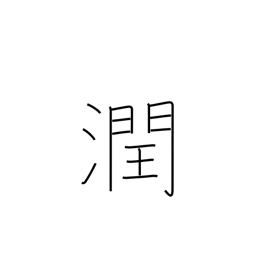
Meaning: be watered